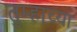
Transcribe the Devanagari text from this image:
तुम्हाच्या